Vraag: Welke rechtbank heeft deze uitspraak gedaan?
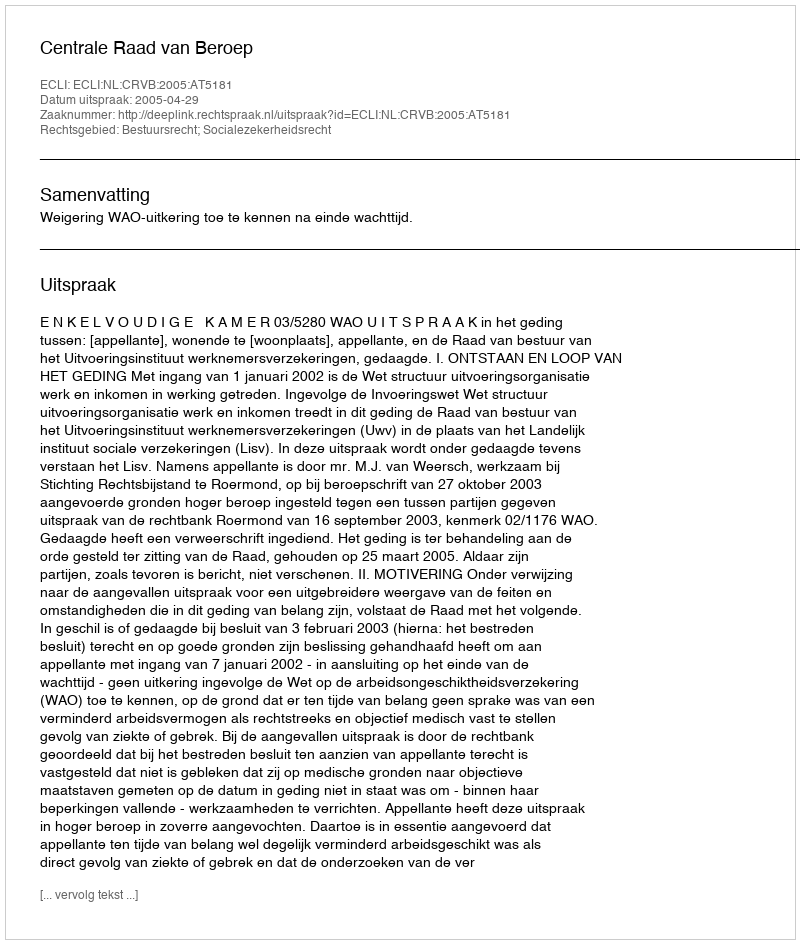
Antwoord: Centrale Raad van Beroep